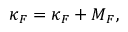
\= \kappa _ { \/ F } = \kappa _ { \/ F } \= I + \= M _ { \/ F } ,